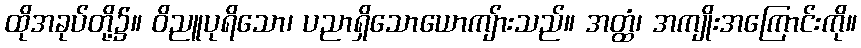
ထိုအခုပ်တို့၌။ ဝိညူပုရိသော၊ ပညာရှိသောယောကျ်ားသည်။ အတ္ထံ၊ အကျိုးအကြောင်းကို။